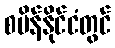
စပိန်နိုင်ငံတွင်